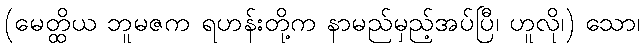
(မေတ္ထိယ ဘူမဇက ရဟန်းတို့က နာမည်မှည့်အပ်ပြီ၊ ဟူလို၊) သော၊